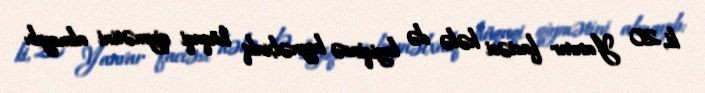
ki, 20 Yanvar faciəsi hələ də layiqincə beynəlxalq hüquqi qiymətini almayıb: